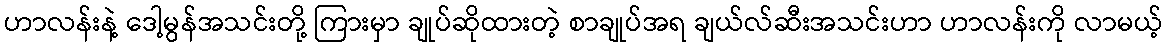
ဟာလန်းနဲ့ ဒေါ့မွန်အသင်းတို့ ကြားမှာ ချုပ်ဆိုထားတဲ့ စာချုပ်အရ ချယ်လ်ဆီးအသင်းဟာ ဟာလန်းကို လာမယ့်